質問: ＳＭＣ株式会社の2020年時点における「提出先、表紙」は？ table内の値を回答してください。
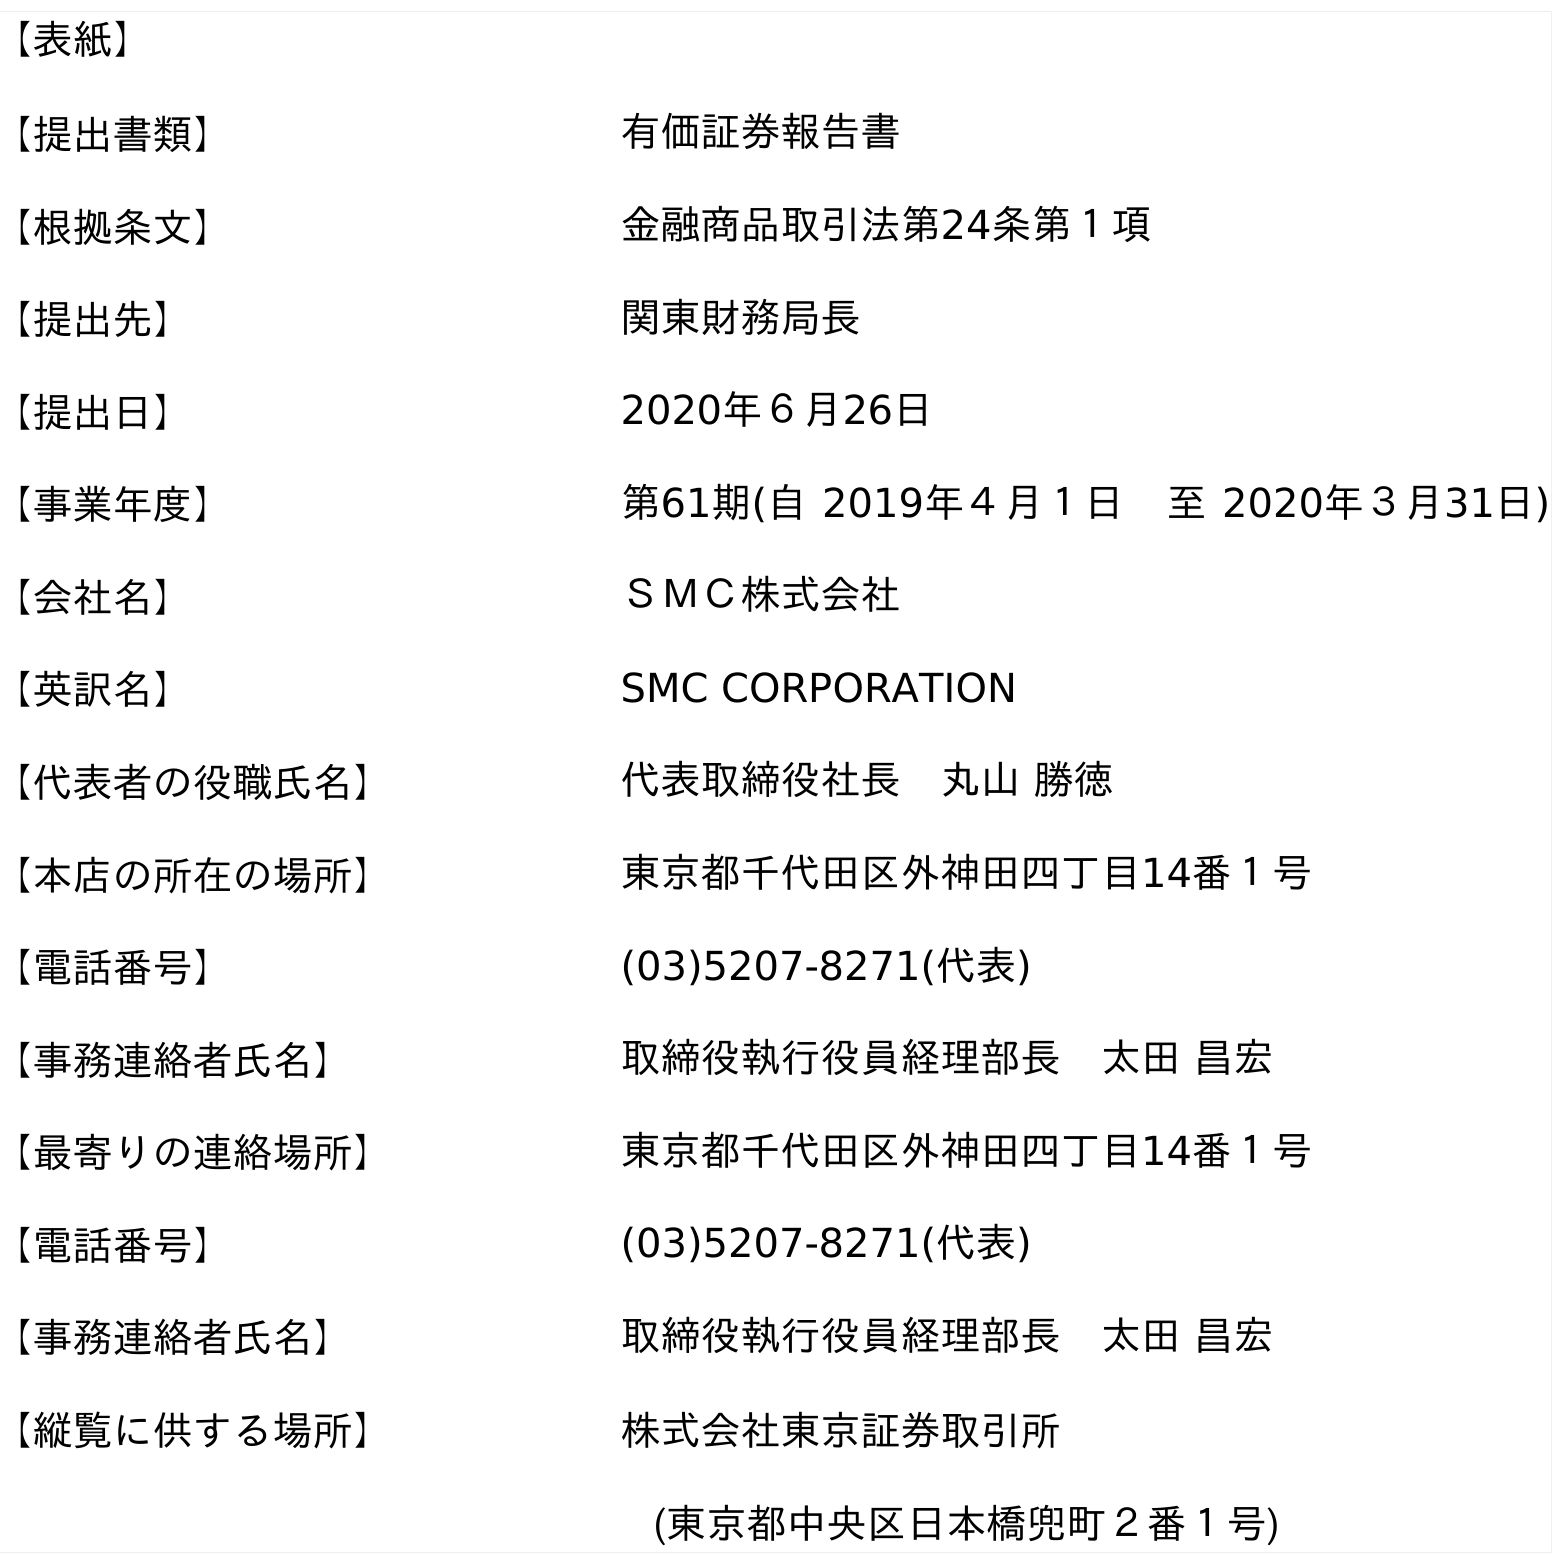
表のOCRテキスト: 【表紙】 【提出書類】 有価証券報告書 【根拠条文】 金融商品取引法第24条第１項 【提出先】 関東財務局長 【提出日】 2020年６月26日 【事業年度】 第61期(自 2019年４月１日 至 2020年３月31日) 【会社名】 ＳＭＣ株式会社 【英訳名】 SMC CORPORATION 【代表者の役職氏名】 代表取締役社長 丸山 勝徳 【本店の所在の場所】 東京都千代田区外神田四丁目14番１号 【電話番号】 (03)5207-8271(代表) 【事務連絡者氏名】 取締役執行役員経理部長 太田 昌宏 【最寄りの連絡場所】 東京都千代田区外神田四丁目14番１号 【電話番号】 (03)5207-8271(代表) 【事務連絡者氏名】 取締役執行役員経理部長 太田 昌宏 【縦覧に供する場所】 株式会社東京証券取引所 (東京都中央区日本橋兜町２番１号)
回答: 関東財務局長